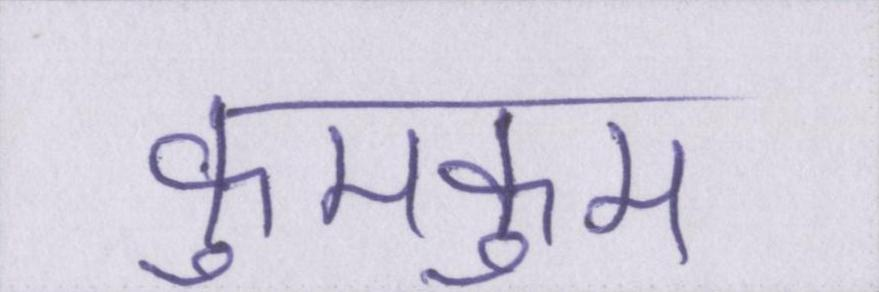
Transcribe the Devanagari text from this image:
कुमकुम